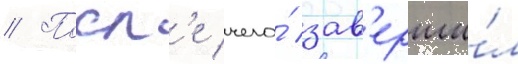
// Посл'е чего́ зав'ерши́л